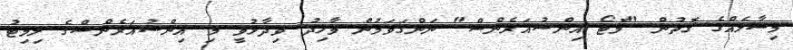
މިސާލެއްގެ ގޮތުން "މޮޓޯ އިންޝުއަރެންސް" ނަންގަވަމުން ވާހިދު ވިދާޅުވީ މި އިންޝުއަރެންސްގެ ލިމިޓު